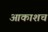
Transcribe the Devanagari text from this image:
आकाशच